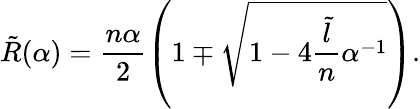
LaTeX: \tilde{R}(\alpha)=\frac{n\alpha}{2}\left(1\mp\sqrt{1-4\frac{\tilde{l}}{n}\alpha^{-1}}\right).